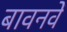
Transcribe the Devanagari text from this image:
बावनवें